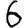
Digit: 6